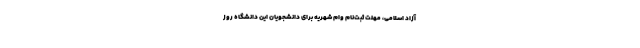
آزاد اسلامی، مهلت ثبت‌نام وام شهریه برای دانشجویان این دانشگاه روز